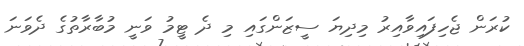
ކުރަން ޖެހިފައިވާއިރު މިދިޔަ ސީޒަންގައި މި ދެ ޓީމު ވަނީ މުބާރާތުގެ ދެވަނަ